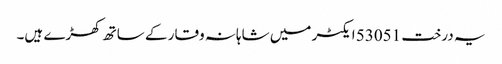
یہ درخت 53051 ایکٹر میں شاہانہ وقار کے ساتھ کھڑے ہیں۔